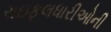
રાઇફલધારીઓની